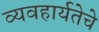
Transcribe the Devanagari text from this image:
व्यवहार्यतेचे